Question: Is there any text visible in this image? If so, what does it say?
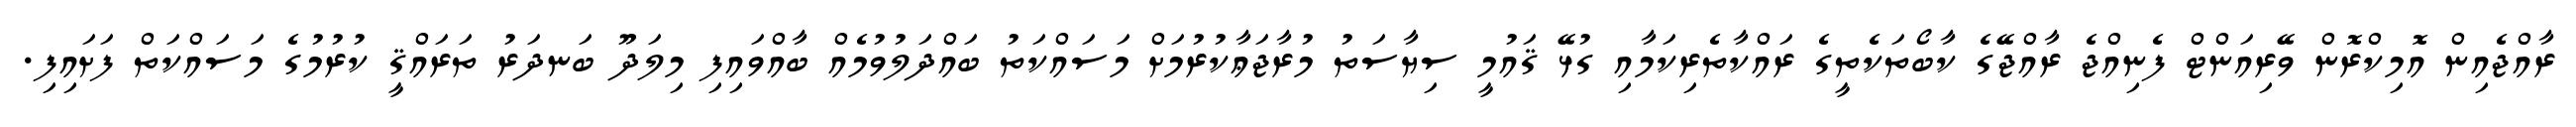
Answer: ރާއްޖެއިން އޮމިކްރޮން ވޭރިއަންޓް ފެނިއްޖެ ރާއްޖޭގެ ކާބޯތަކެތީގެ ރައްކާތެރިކަމާއި ގުޅޭ ޤައުމީ ސިޔާސަތު މުރާޖަޢާކުރުމަށް މަސައްކަތު ބައްދަލުވުމެއް ބާއްވައިފި މިލަދޫ ބަނދަރު ތަރައްޤީ ކުރުމުގެ މަސައްކަތް ފަށައިފި.